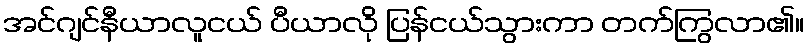
အင်ဂျင်နီယာလူငယ် ပီယာလို ပြန်ငယ်သွားကာ တက်ကြွလာ၏။